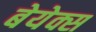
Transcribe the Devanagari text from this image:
बेयेक्स